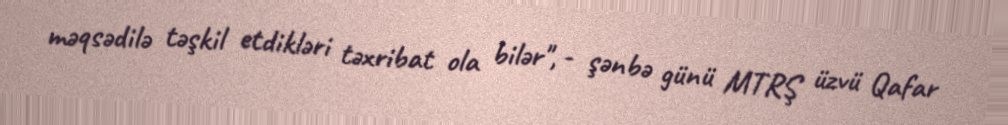
məqsədilə təşkil etdikləri təxribat ola bilər", - şənbə günü MTRŞ üzvü Qafar